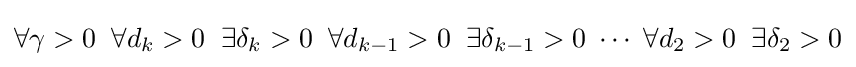
\forall \gamma >0\;\;\forall d_{k}>0\;\;\exists \delta _{k}>0\;\;\forall d_{k-1}>0\;\;\exists \delta _{k-1}>0\;\cdots \;\forall d_{2}>0\;\;\exists \delta _{2}>0